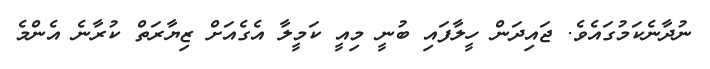
ނުދާނެކަމުގައެވެ. ޖައިދަން ހީލާފައި ބުނީ މިއީ ކަމީލާ އެގެއަށް ޒިޔާރަތް ކުރާނެ އެންމެ